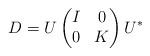
LaTeX: \begin{align*}D = U\begin{pmatrix} I & 0 \\ 0 & K \end{pmatrix} U^*\end{align*}